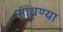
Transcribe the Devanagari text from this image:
साधण्या